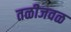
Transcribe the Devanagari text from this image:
तळीजवळ